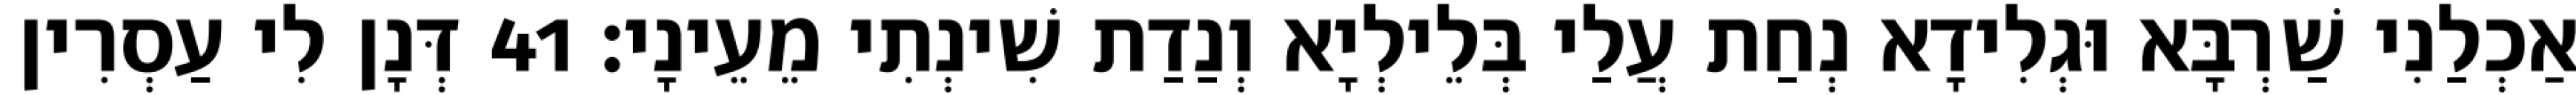
אַכְלַנִי שַׁרְבָּא וּגְלִידָא נְחַת עֲלַי בְּלֵילְיָא וְנַדַת שִׁינְתִי מֵעֵינָי׃ 41 דְּנָן לִי עַסְרִין